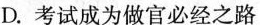
D.考试成为做官必经之路